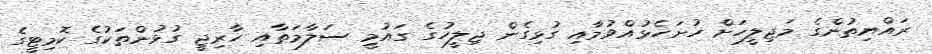
ރައްޔިތުންގެ މަޖިލީހަށް ހުށަހެޅުއްވުމާއި ގުޅިގެން ޖިލީހުގެ ގައުމީ ސަލާމަތާއި ހާރިޖީ ގުޅުންތަކުގެ ކޮމިޓީގެ